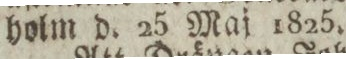
holm d. 25 Maj 1825.